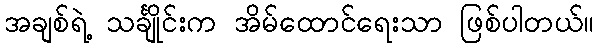
အချစ်ရဲ့ သင်္ချိုင်းက အိမ်ထောင်ရေးသာ ဖြစ်ပါတယ်။